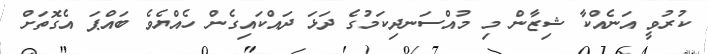
ކުރުވީ އަނެއްކާ ޝިޒާން މި މުއްސަނދިކަމުގެ ދަޅަ ދައްކައިގެން ހެއްޔެވެ ބައްޕަ އެގޮތަށް